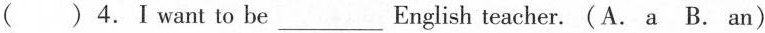
( ) 4.I want to be___English teacher. (A. a B. an)